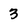
Character: 3